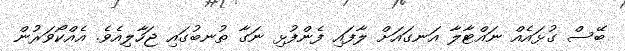
ބޭސް ގުޅައެއް ނައްޓާލާ އަނގައަށް ލާފައި ފެންފުޅި ނަގާ ތުނބުގައި ޖަހާލިއެވެ. އެއްކޯވަރުން